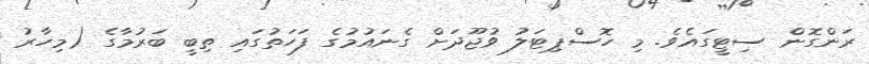
ރަންގޮން ސިޓީގައެވެ. މި ހޮސްޕިޓަލު ވުޖޫދަށް ގެނައުމުގެ ފަހަތުގައި ތިބީ ބަރުމާގެ (މިހާރު